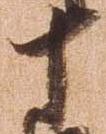
十